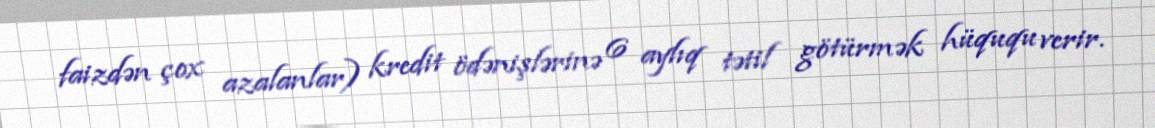
faizdən çox azalanlar) kredit ödənişlərinə 6 aylıq tətil götürmək hüququ verir.